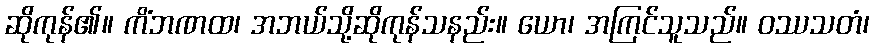
ဆိုကုန်၏။ ကိံဘဏထ၊ အဘယ်သို့ဆိုကုန်သနည်း။ ယော၊ အကြင်သူသည်။ ဝဿသတံ၊